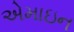
એમાઇન